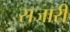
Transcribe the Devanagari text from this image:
सजारी